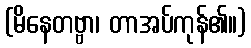
(မိနေတဗ္ဗာ၊ တာအပ်ကုန်၏။)